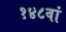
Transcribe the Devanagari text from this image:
१४८वां